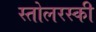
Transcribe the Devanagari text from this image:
स्तोलरस्की